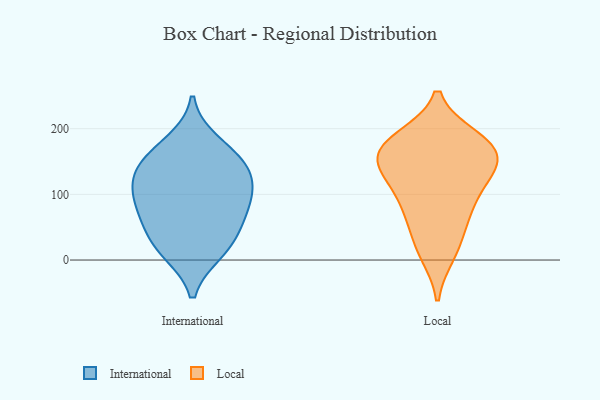
{"axis": {"x": "Inventory Turnover", "y": "Value"}, "legend": ["International", "Local"], "data": [{"x": "", "y": 159, "type": "International"}, {"x": "", "y": 139, "type": "International"}, {"x": "", "y": 55, "type": "International"}, {"x": "", "y": 180, "type": "International"}, {"x": "", "y": 93, "type": "International"}, {"x": "", "y": 14, "type": "International"}, {"x": "", "y": 12, "type": "International"}, {"x": "", "y": 95, "type": "International"}, {"x": "", "y": 142, "type": "International"}, {"x": "", "y": 71, "type": "International"}, {"x": "", "y": 130, "type": "International"}, {"x": "", "y": 38, "type": "International"}, {"x": "", "y": 103, "type": "International"}, {"x": "", "y": 20, "type": "Local"}, {"x": "", "y": 10, "type": "Local"}, {"x": "", "y": 185, "type": "Local"}, {"x": "", "y": 136, "type": "Local"}, {"x": "", "y": 60, "type": "Local"}, {"x": "", "y": 182, "type": "Local"}, {"x": "", "y": 90, "type": "Local"}, {"x": "", "y": 106, "type": "Local"}, {"x": "", "y": 170, "type": "Local"}, {"x": "", "y": 132, "type": "Local"}, {"x": "", "y": 167, "type": "Local"}, {"x": "", "y": 150, "type": "Local"}, {"x": "", "y": 71, "type": "Local"}, {"x": "", "y": 143, "type": "Local"}, {"x": "", "y": 177, "type": "Local"}]}